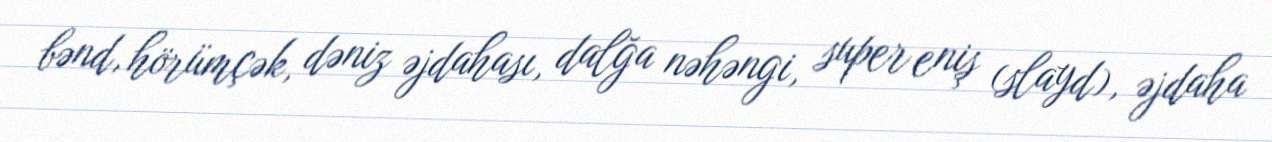
bənd, hörümçək, dəniz əjdahası, dalğa nəhəngi, super eniş (slayd), əjdaha